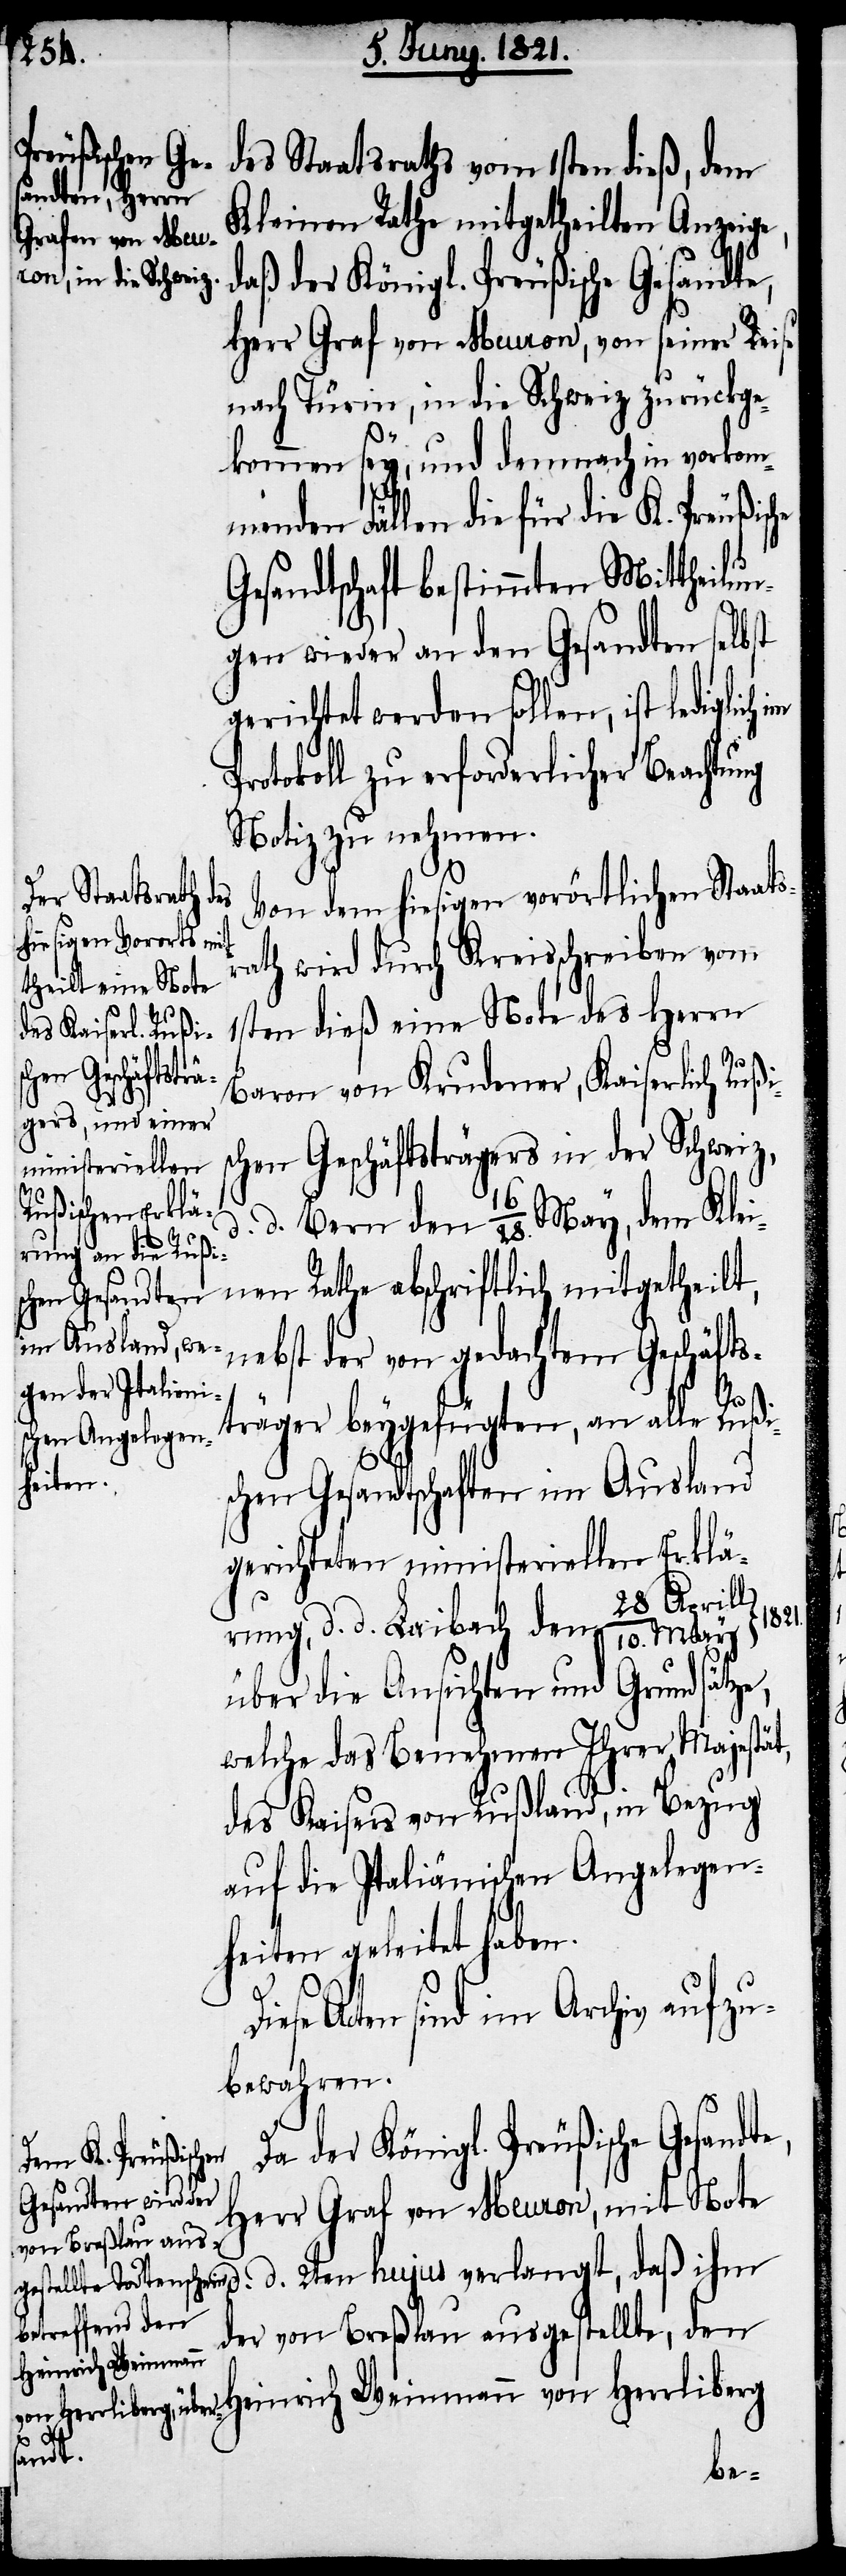
des Staatsraths vom 1sten dieß, dem
Kleinen Rathe mitgetheilten Anzeige,
Da der Königl. Preußische Gesandte,
Herr Graf von Meuron, von seiner Reise
nach Turin, in die Schweiz zurückge¬
d.
kommen sey, und demnach in vorkom¬
menden Fällen die für die K. Preußisc¬
Gesandtschaft bestimmten Mittheilun¬
gen wieder an den Gesandten selbst
gerichtet werden sollen, ist lediglich
rotokoll zu erforderlicher Beachtu¬
Notiz zu nehmen.
Von dem hiesigem vorörtlichen Staats¬
rath wird durch Kreisschreiben vom
s¬
1ten dieß eine Note des Herrn
Baron von Krudener, Kaiserlich Rußi¬
chen Geschäftsträgers in der Schweiz,
d. Bern den 16/28. May, dem Kle¬
inen Rathe abschriftlich mitgetheilt,
nebst der von gedachten Geschäfts¬
träger beygefügten, an alle Rußi¬
schen Gesandtschaften im Ausland
gerichteten ministeriellen Erklä¬
rung d. d. Laibach den 28 April/10.
über die Ansichten und Grundsätze,
welche das Benehmen Ihrer Majestät,
des Kaisers von Rußland, in Bezug
auf die Italiänischen Angelegen¬
heiten geleitet haben.
Acten sind im Archiv aufzu¬
bewahren.
Herr Graf von Meuron, mit Note
der von Breßlau ausgestellte, den
Heinrich Weinmann von Herrliberg